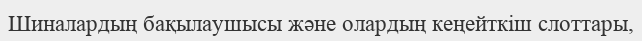
Шиналардың бақылаушысы және олардың кеңейткіш слоттары,